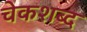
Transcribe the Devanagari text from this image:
चेकशब्द